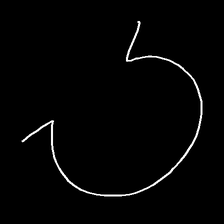
Glyph: weave